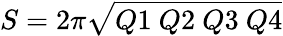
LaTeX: S=2\pi\sqrt{Q1~Q2~Q3~Q4}